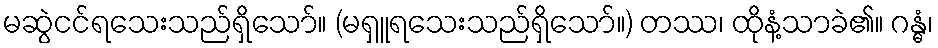
မဆွဲငင်ရသေးသည်ရှိသော်။ (မရှူရသေးသည်ရှိသော်။) တဿ၊ ထိုနံ့သာခဲ၏။ ဂန္ဓံ၊